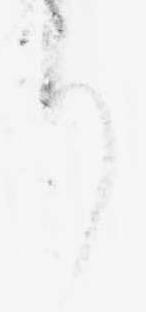
り